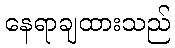
နေရာချထားသည်